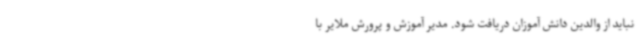
نباید از والدین دانش آموزان دریافت شود. مدیر آموزش و پرورش ملایر با